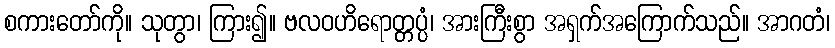
စကားတော်ကို။ သုတွာ၊ ကြား၍။ ဗလဝဟိရောတ္တပ္ပံ၊ အားကြီးစွာ အရှက်အကြောက်သည်။ အာဂတံ၊